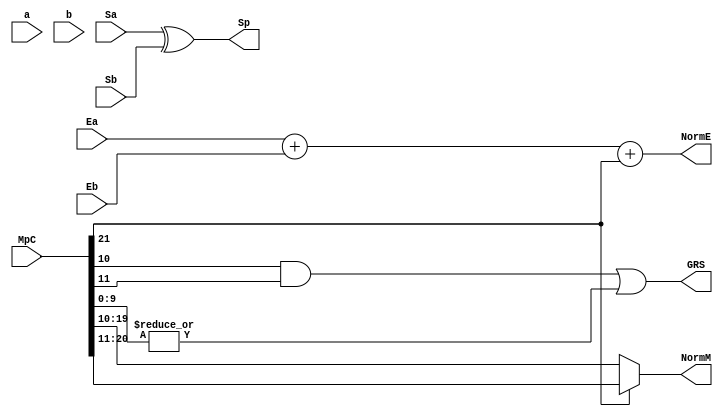
`define BFLOAT16 
`define EXPONENT 8
`define MANTISSA 7
`define EXPONENT 5
`define MANTISSA 10
`define SIGN 1
`define DWIDTH (`SIGN+`EXPONENT+`MANTISSA)

module FPMult_ExecuteModule(
		a,
		b,
		MpC,
		Ea,
		Eb,
		Sa,
		Sb,
		Sp,
		NormE,
		NormM,
		GRS
    );

	// Input ports
	input [`MANTISSA-1:0] a ;
	input [2*`EXPONENT:0] b ;
	input [2*`MANTISSA+1:0] MpC ;
	input [`EXPONENT-1:0] Ea ;						// A's exponent
	input [`EXPONENT-1:0] Eb ;						// B's exponent
	input Sa ;								// A's sign
	input Sb ;								// B's sign
	
	// Output ports
	output Sp ;								// Product sign
	output [`EXPONENT:0] NormE ;													// Normalized exponent
	output [`MANTISSA-1:0] NormM ;												// Normalized mantissa
	output GRS ;
	
	wire [2*`MANTISSA+1:0] Mp ;
	
	assign Sp = (Sa ^ Sb) ;												// Equal signs give a positive product
	
   // wire [`ACTUAL_MANTISSA-1:0] inp_a;
   // wire [`ACTUAL_MANTISSA-1:0] inp_b;
   // assign inp_a = {1'b1, a};
   // assign inp_b = {{(`MANTISSA-`MANTISSA_MUL_SPLIT_LSB){1'b0}}, 1'b0, b};
   // DW02_mult #(`ACTUAL_MANTISSA,`ACTUAL_MANTISSA) u_mult(.A(inp_a), .B(inp_b), .TC(1'b0), .PRODUCT(Mp_temp));
   // DW01_add #(2*`ACTUAL_MANTISSA) u_add(.A(Mp_temp), .B(MpC<<`MANTISSA_MUL_SPLIT_LSB), .CI(1'b0), .SUM(Mp), .CO());

	//assign Mp = (MpC<<(2*`EXPONENT+1)) + ({4'b0001, a[`MANTISSA-1:0]}*{1'b0, b[2*`EXPONENT:0]}) ;
	assign Mp = MpC;


	assign NormM = (Mp[2*`MANTISSA+1] ? Mp[2*`MANTISSA:`MANTISSA+1] : Mp[2*`MANTISSA-1:`MANTISSA]); 	// Check for overflow
	assign NormE = (Ea + Eb + Mp[2*`MANTISSA+1]);								// If so, increment exponent
	
	assign GRS = ((Mp[`MANTISSA]&(Mp[`MANTISSA+1]))|(|Mp[`MANTISSA-1:0])) ;
	
endmodule